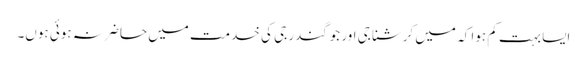
ایسا بہت کم ہوا کہ میں کرشنا جی اور جوگندر جی کی خدمت میں حاضر نہ ہوئی ہوں۔